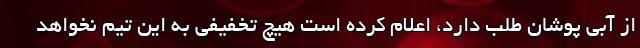
از آبی پوشان طلب دارد، اعلام کرده است هیچ تخفیفی به این تیم نخواهد